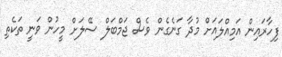
ފިހާރައިން އަމިއްލައަށް މުދާ ގަނެގެން ވެސް ޖަމްބަލް ސޭލަށް މީހުން ވަނީ ތަކެތި